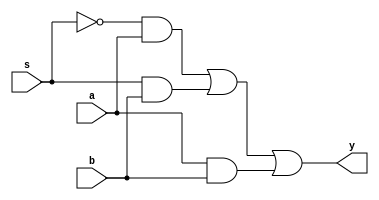
module two_one_mux(y, a, b, s);

output y;
input a, b, s;

wire nots;
wire choose_a, choose_b;
wire bridge;

not #(1) (nots, s);
and #(1) (choose_a, nots, a);
and #(1) (choose_b, s, b);
and #(1) (bridge, a, b);

or #(1) (y, choose_a, choose_b, bridge);

endmodule